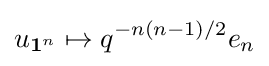
u_{\mathbf {1} ^{n}}\mapsto q^{-n(n-1)/2}e_{n}